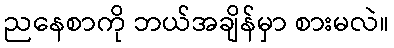
ညနေစာကို ဘယ်အချိန်မှာ စားမလဲ။